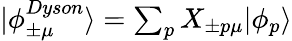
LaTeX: \begin{array}{r}{|\phi_{\pm\mu}^{Dyson}\rangle=\sum_{p}X_{\pm p\mu}|\phi_{p}\rangle}\end{array}